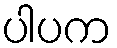
ပါပက